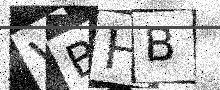
Text: VBHB